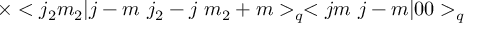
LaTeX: \times < j _ { 2 } m _ { 2 } | j - m \ j _ { 2 } - j \ m _ { 2 } + m > _ { q } < j m \ j - m | 0 0 > _ { q }